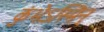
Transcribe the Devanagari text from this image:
कुंभेऽस्मिन्